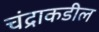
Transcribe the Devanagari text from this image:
चंद्राकडील